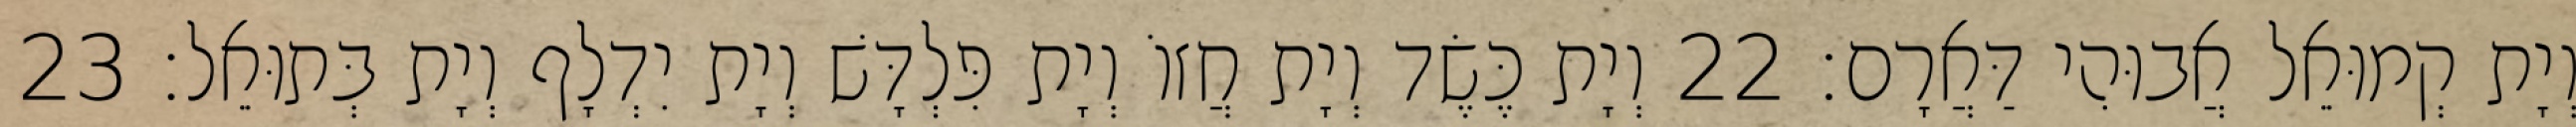
וְיָת קְמוּאֵל אֲבוּהִי דַּאֲרָם׃ 22 וְיָת כֶּשֶׂד וְיָת חֲזוֹ וְיָת פִּלְדָּשׁ וְיָת יִדְלָף וְיָת בְּתוּאֵל׃ 23